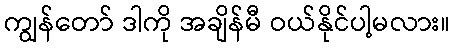
ကျွန်တော် ဒါကို အချိန်မီ ဝယ်နိုင်ပါ့မလား။